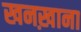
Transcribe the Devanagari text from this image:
खनख़ाना